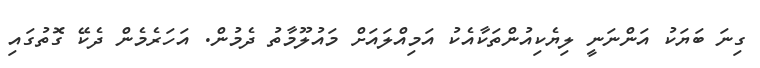
ގިނަ ބަޔަކު އަންނަނީ ލިޔެކިއުންތަކާއެކު އަމިއްލައަށް މައުލޫމާތު ދެމުން. އަހަރެމެން ދެކޭ ގޮތުގައި